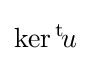
\operatorname {ker} {}^{\text{t}}\!u